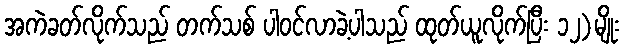
အကဲခတ်လိုက်သည် တက်သစ် ပါဝင်လာခဲ့ပါသည် ထုတ်ယူလိုက်ပြီး ၁၂)မျိုး